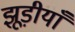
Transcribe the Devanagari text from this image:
झूड़ीयाँ